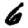
Digit: 6